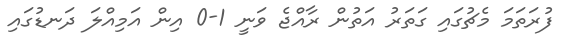
ފުރަތަމަ މެޗުގައި ގަތަރު އަތުން ރާއްޖެ ވަނީ 1-0 އިން އަމިއްލަ ދަނޑުގައި